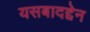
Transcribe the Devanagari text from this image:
यसबादद्देन